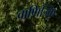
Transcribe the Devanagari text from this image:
वाणिज्कि